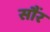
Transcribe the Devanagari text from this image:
सौंर